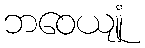
ဘဝေယျုံ